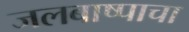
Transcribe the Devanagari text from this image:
जलबाष्पाचा